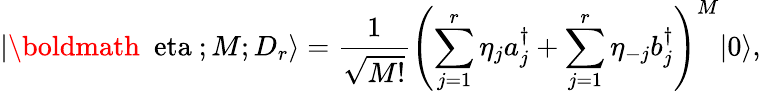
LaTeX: |\mathrm{\boldmath{~\ eta~}};M;D_{r}\rangle={\frac{1}{\sqrt{M!}}}\left(\sum_{j=1}^{r}\eta_{j}a_{j}^{\dagger}+\sum_{j=1}^{r}\eta_{-j}b_{j}^{\dagger}\right)^{M}|0\rangle,